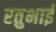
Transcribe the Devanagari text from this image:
रतुभाई